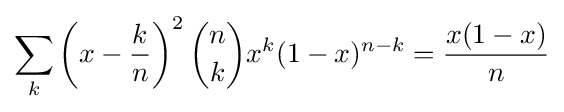
\sum _{k}\left(x-{k \over n}\right)^{2}{n \choose k}x^{k}(1-x)^{n-k}={x(1-x) \over n}